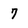
Character: 7